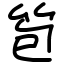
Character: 笣